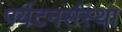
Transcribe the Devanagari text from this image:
पर्यटनसंस्था